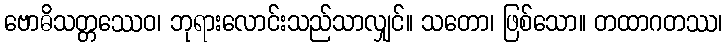
ဗောဓိသတ္တဿေဝ၊ ဘုရားလောင်းသည်သာလျှင်။ သတော၊ ဖြစ်သော။ တထာဂတဿ၊